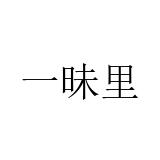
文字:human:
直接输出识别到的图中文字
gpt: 一昧里